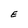
Character: E